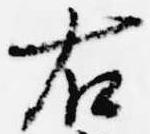
右